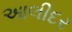
આલીદર